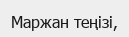
Маржан теңізі,